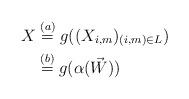
LaTeX: \begin{align*} X &\overset{(a)}{=} g((X_{i,m})_{(i,m)\in L})\\ &\overset{(b)}{=} g(\alpha(\vec{W})) \end{align*}